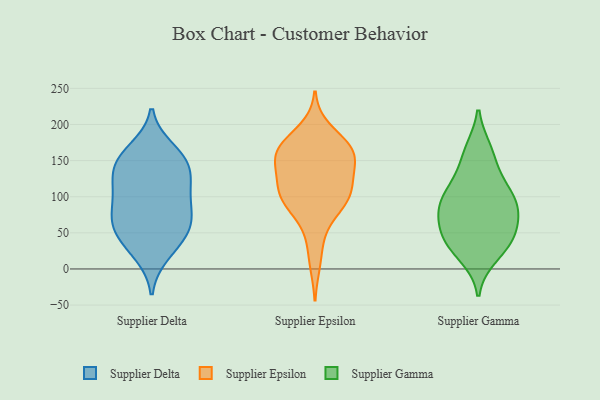
{"axis": {"x": "Waste Production (Tons)", "y": "Value"}, "legend": ["Supplier Delta", "Supplier Epsilon", "Supplier Gamma"], "data": [{"x": "", "y": 110, "type": "Supplier Delta"}, {"x": "", "y": 149, "type": "Supplier Delta"}, {"x": "", "y": 165, "type": "Supplier Delta"}, {"x": "", "y": 152, "type": "Supplier Delta"}, {"x": "", "y": 151, "type": "Supplier Delta"}, {"x": "", "y": 69, "type": "Supplier Delta"}, {"x": "", "y": 50, "type": "Supplier Delta"}, {"x": "", "y": 33, "type": "Supplier Delta"}, {"x": "", "y": 102, "type": "Supplier Delta"}, {"x": "", "y": 68, "type": "Supplier Delta"}, {"x": "", "y": 95, "type": "Supplier Delta"}, {"x": "", "y": 53, "type": "Supplier Delta"}, {"x": "", "y": 21, "type": "Supplier Delta"}, {"x": "", "y": 70, "type": "Supplier Delta"}, {"x": "", "y": 131, "type": "Supplier Delta"}, {"x": "", "y": 126, "type": "Supplier Delta"}, {"x": "", "y": 138, "type": "Supplier Epsilon"}, {"x": "", "y": 131, "type": "Supplier Epsilon"}, {"x": "", "y": 163, "type": "Supplier Epsilon"}, {"x": "", "y": 98, "type": "Supplier Epsilon"}, {"x": "", "y": 192, "type": "Supplier Epsilon"}, {"x": "", "y": 130, "type": "Supplier Epsilon"}, {"x": "", "y": 107, "type": "Supplier Epsilon"}, {"x": "", "y": 170, "type": "Supplier Epsilon"}, {"x": "", "y": 80, "type": "Supplier Epsilon"}, {"x": "", "y": 161, "type": "Supplier Epsilon"}, {"x": "", "y": 93, "type": "Supplier Epsilon"}, {"x": "", "y": 160, "type": "Supplier Epsilon"}, {"x": "", "y": 106, "type": "Supplier Epsilon"}, {"x": "", "y": 166, "type": "Supplier Epsilon"}, {"x": "", "y": 103, "type": "Supplier Epsilon"}, {"x": "", "y": 165, "type": "Supplier Epsilon"}, {"x": "", "y": 159, "type": "Supplier Epsilon"}, {"x": "", "y": 10, "type": "Supplier Epsilon"}, {"x": "", "y": 96, "type": "Supplier Epsilon"}, {"x": "", "y": 47, "type": "Supplier Epsilon"}, {"x": "", "y": 33, "type": "Supplier Gamma"}, {"x": "", "y": 94, "type": "Supplier Gamma"}, {"x": "", "y": 76, "type": "Supplier Gamma"}, {"x": "", "y": 43, "type": "Supplier Gamma"}, {"x": "", "y": 18, "type": "Supplier Gamma"}, {"x": "", "y": 52, "type": "Supplier Gamma"}, {"x": "", "y": 89, "type": "Supplier Gamma"}, {"x": "", "y": 160, "type": "Supplier Gamma"}, {"x": "", "y": 164, "type": "Supplier Gamma"}, {"x": "", "y": 34, "type": "Supplier Gamma"}, {"x": "", "y": 113, "type": "Supplier Gamma"}, {"x": "", "y": 128, "type": "Supplier Gamma"}, {"x": "", "y": 97, "type": "Supplier Gamma"}, {"x": "", "y": 59, "type": "Supplier Gamma"}, {"x": "", "y": 85, "type": "Supplier Gamma"}]}